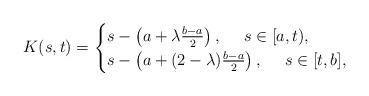
LaTeX: \begin{align*}K(s, t)=\begin{cases}s-\left(a+\lambda\frac{b-a}{2}\right), ~~~~s\in[a, t),\\s-\left(a+(2-\lambda)\frac{b-a}{2}\right), ~~~~s\in[t, b],\end{cases}\end{align*}